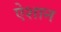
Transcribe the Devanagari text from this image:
ऐशान